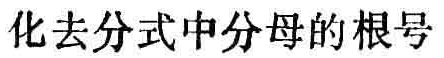
化去分式中分母的根号